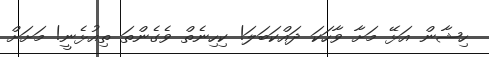
ހިޝާން އަޅޭ މަށާ ވާހަކަ ދައްކަބަލަ! ކިހިނެތް ވެގެންތަ ތިއުޅެނީ! މަށަށް